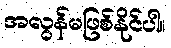
အလွန်မဖြစ်နိုင်ပါ။